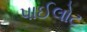
પાઈલોટ